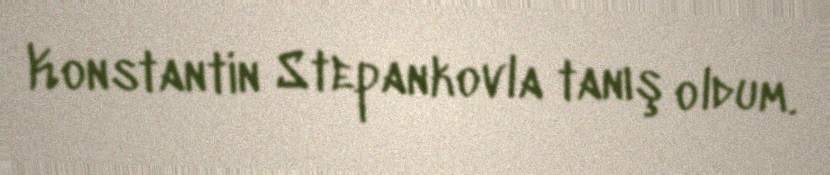
Konstantin Stepankovla tanış oldum.